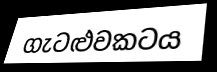
ගැටළුවකටය